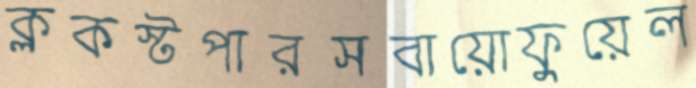
ক্লকস্টপারসবায়োফুয়েল